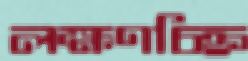
লক্ষণচিহ্ন